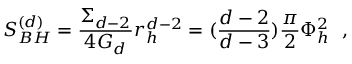
S _ { B H } ^ { ( d ) } = { \frac { \Sigma _ { d - 2 } } { 4 G _ { d } } } r _ { h } ^ { d - 2 } = ( { \frac { d - 2 } { d - 3 } } ) { \frac { \pi } { 2 } } \Phi _ { h } ^ { 2 } ~ ~ ,